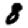
Digit: 8